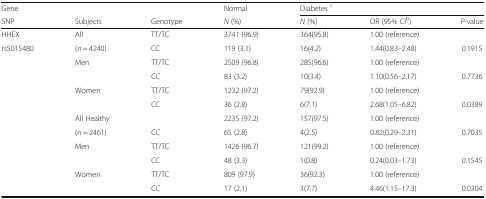
<table><thead><tr><td><b>Gene</b></td><td></td><td></td><td><b>Normal</b></td><td colspan="3"><b>Diabetes <sup>c</sup></b></td></tr><tr><td><b>SNP</b></td><td><b>Subjects</b></td><td><b>Genotype</b></td><td><b><i>N</i> (%)</b></td><td><b><i>N</i> (%)</b></td><td><b>OR (95% CI<sup>b</sup>)</b></td><td><b><i>P</i>-value</b></td></tr></thead><tbody><tr><td>HHEX</td><td>All</td><td>TT/TC</td><td>3741 (96.9)</td><td>364(95.8)</td><td>1.00 (reference)</td><td></td></tr><tr><td>rs5015480</td><td>(<i>n</i> = 4240)</td><td>CC</td><td>119 (3.1)</td><td>16(4.2)</td><td>1.44(0.83–2.48)</td><td>0.1915</td></tr><tr><td></td><td>Men</td><td>TT/TC</td><td>2509 (96.8)</td><td>285(96.6)</td><td>1.00 (reference)</td><td></td></tr><tr><td></td><td></td><td>CC</td><td>83 (3.2)</td><td>10(3.4)</td><td>1.10(0.56–2.17)</td><td>0.7736</td></tr><tr><td></td><td>Women</td><td>TT/TC</td><td>1232 (97.2)</td><td>79(92.9)</td><td>1.00 (reference)</td><td></td></tr><tr><td></td><td></td><td>CC</td><td>36 (2.8)</td><td>6(7.1)</td><td>2.68(1.05–6.82)</td><td>0.0389</td></tr><tr><td></td><td>All Healthy</td><td></td><td>2235 (97.2)</td><td>157(97.5)</td><td>1.00 (reference)</td><td></td></tr><tr><td></td><td>(n = 2461)</td><td>CC</td><td>65 (2.8)</td><td>4(2.5)</td><td>0.82(0.29–2.31)</td><td>0.7035</td></tr><tr><td></td><td>Men</td><td>TT/TC</td><td>1426 (96.7)</td><td>121(99.2)</td><td>1.00 (reference)</td><td></td></tr><tr><td></td><td></td><td>CC</td><td>48 (3.3)</td><td>1(0.8)</td><td>0.24(0.03–1.73)</td><td>0.1545</td></tr><tr><td></td><td>Women</td><td>TT/TC</td><td>809 (97.9)</td><td>36(92.3)</td><td>1.00 (reference)</td><td></td></tr><tr><td></td><td></td><td>CC</td><td>17 (2.1)</td><td>3(7.7)</td><td>4.46(1.15–17.3)</td><td>0.0304</td></tr></tbody></table>